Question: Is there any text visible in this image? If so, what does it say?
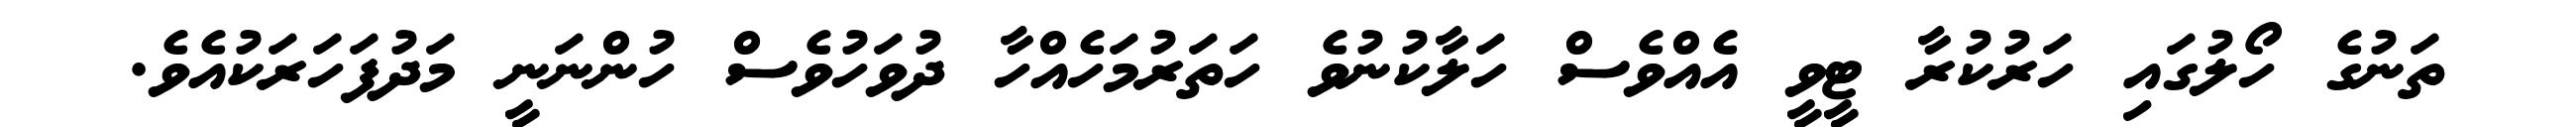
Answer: ތަނުގެ ހޯލުގައި ހަރުކުރާ ޓީވީ އެއްވެސް ހަލާކުނުވެ ހަތަރުމަހެއްހާ ދުވަހުވެސް ހުންނަނީ މަދުފަހަރަކުއެވެ.